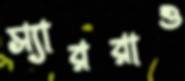
স্যাররাও